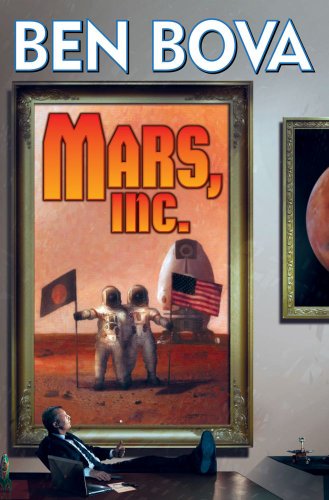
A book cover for Mars, Inc.: The Billionaire's Club; Ben Bova; Science Fiction & Fantasy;